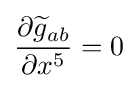
{\frac {\partial {\widetilde {g}}_{ab}}{\partial x^{5}}}=0